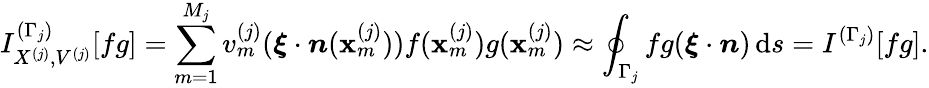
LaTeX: I_{X^{(j)},V^{(j)}}^{(\Gamma_{j})}[fg]=\sum_{m=1}^{M_{j}}v_{m}^{(j)}(\boldsymbol{\xi}\cdot\boldsymbol{n}(\mathbf{x}_{m}^{(j)}))f(\mathbf{x}_{m}^{(j)})g(\mathbf{x}_{m}^{(j)})\approx\oint_{\Gamma_{j}}fg(\boldsymbol{\xi}\cdot\boldsymbol{n})\, \mathrm{d}s=I^{(\Gamma_{j})}[fg].